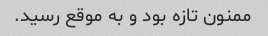
ممنون تازه بود و به موقع رسید.